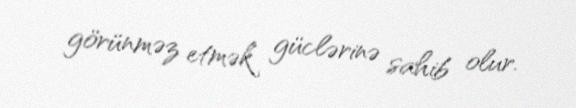
görünməz etmək güclərinə sahib olur.